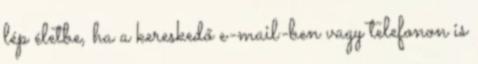
lép életbe, ha a kereskedő e-mail-ben vagy telefonon is